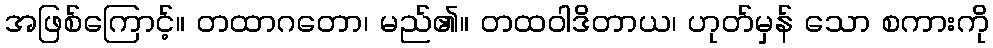
အဖြစ်ကြောင့်။ တထာဂတော၊ မည်၏။ တထဝါဒိတာယ၊ ဟုတ်မှန် သော စကားကို